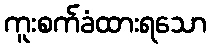
ကူးစက်ခံထားရသော